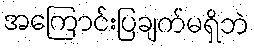
အကြောင်းပြချက်မရှိဘဲ